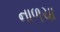
નાળચા